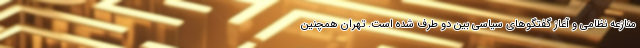
منازعه نظامی و آغاز گفتگوهای سیاسی بین دو طرف شده است. تهران همچنین